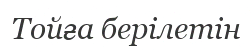
Тойға берілетін